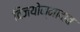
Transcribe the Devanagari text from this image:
विजयोन्मादात